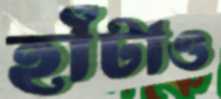
হাঁটাও